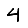
Digit: 4